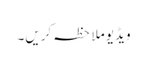
ویڈیو ملاحظہ کریں۔